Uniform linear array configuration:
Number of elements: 12
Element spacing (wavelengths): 0.25
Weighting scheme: blackman
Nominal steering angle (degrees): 15
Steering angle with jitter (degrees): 13.717
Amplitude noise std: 0.05
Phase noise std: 0.05

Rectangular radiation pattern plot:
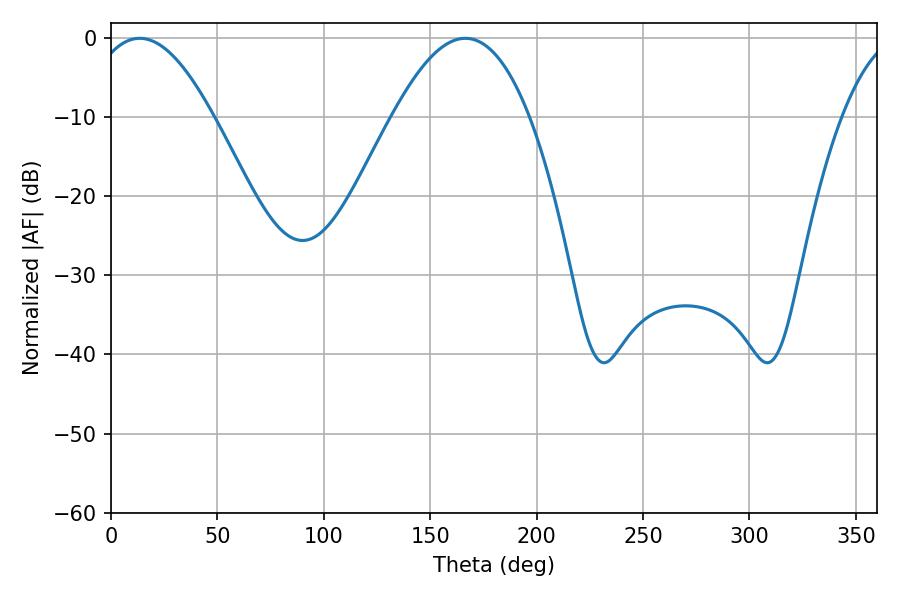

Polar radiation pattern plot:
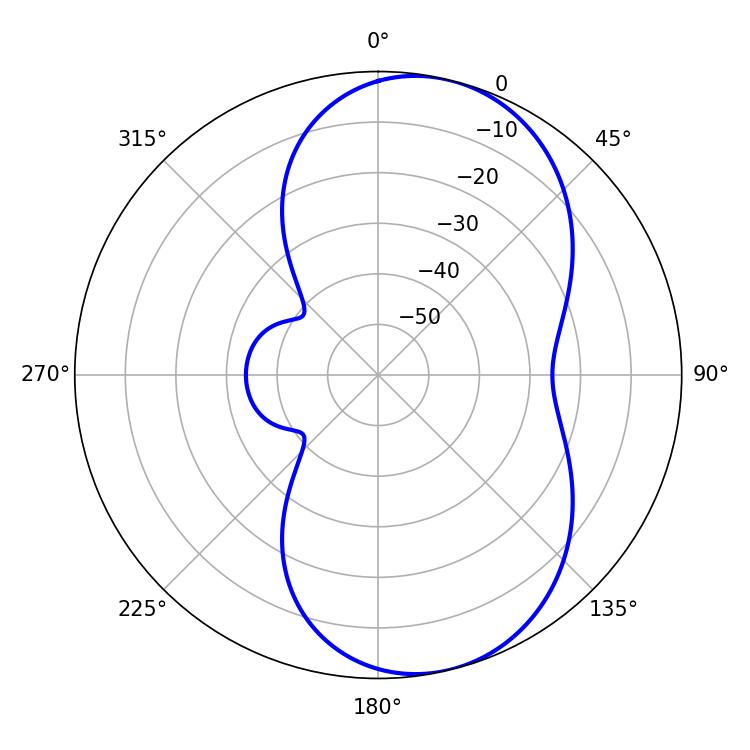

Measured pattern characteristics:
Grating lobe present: FALSE
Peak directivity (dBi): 7.754
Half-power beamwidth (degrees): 31.68
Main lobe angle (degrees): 13.5